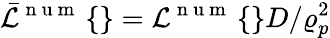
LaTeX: \bar{\mathcal{L}}^{\mathrm{~n~u~m~}}\left\{ \right\} =\mathcal{L}^{\mathrm{~n~u~m~}}\left\{ \right\} D/\varrho_{p}^{2}